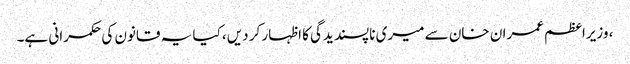
، وزیراعظم عمران خان سے میری ناپسندیدگی کا اظہار کر دیں، کیا یہ قانون کی حکمرانی ہے۔